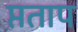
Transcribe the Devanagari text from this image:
प्तताप